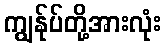
ကျွန်ုပ်တို့အားလုံး